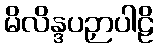
မိလိန္ဒပဉှာပါဠိ